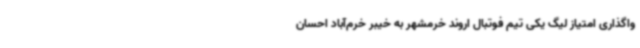
واگذاری امتیاز لیگ یکی تیم فوتبال اروند خرمشهر به خیبر خرم‌آباد احسان